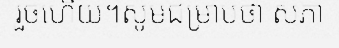
រួចហើយ។សូមជម្រាបថា សភា